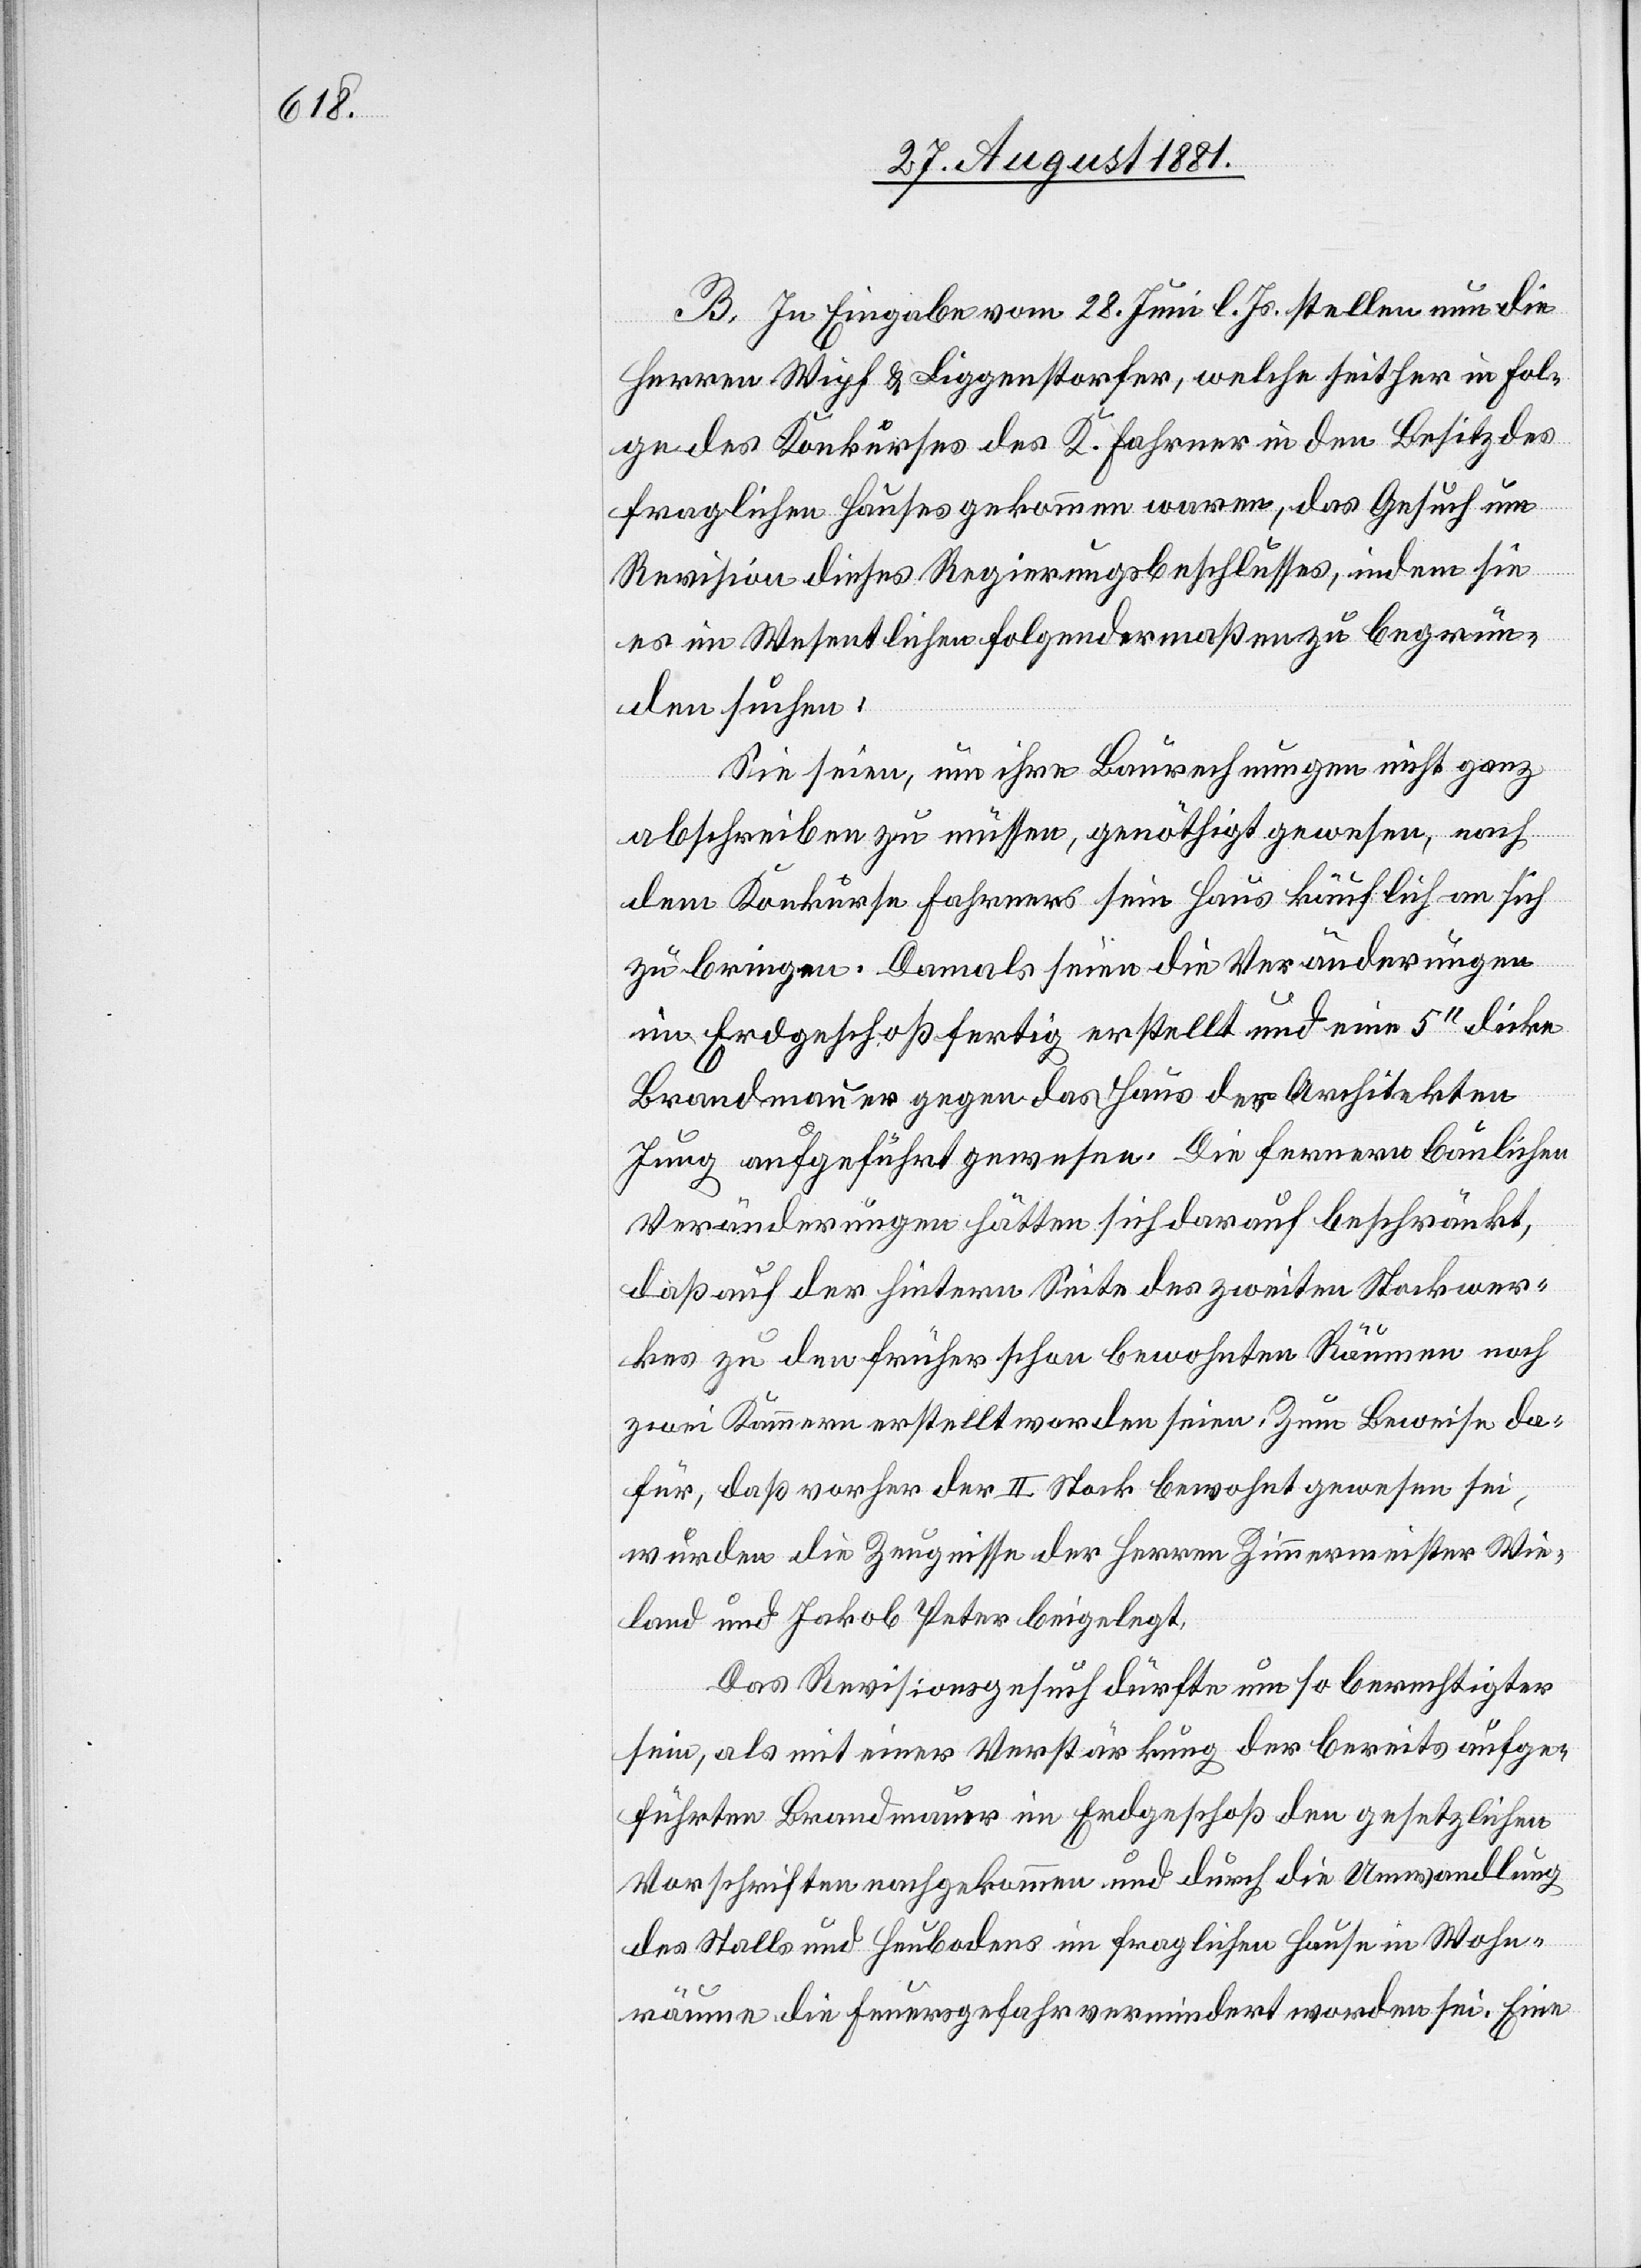
B. In Eingabe vom 28. Juni l. Js. stellen nun die
Herren Wipf & Liggenstorfer, welche seither in Fol¬
ge des Konkurses des K. Fahrner in den Besitz des
fraglichen Hauses gekommen waren, das Gesuch um
Revision dieses Regierungsbeschlusses, indem sie
es im Wesentlichen folgendermaßen zu begrün¬
den suchen:
Sie seien, um ihre Baurechnungen nicht ganz
abschreiben zu müssen, genöthigt gewesen, nach
dem Konkurse Fahrners sein Haus käuflich an sich
zu bringen. Damals seien die Veränderungen
im Erdgeschoß fertig erstellt und eine 5‘‘ dicke
Brandmauer gegen das Haus des Architekten
Jung aufgeführt gewesen. Die fernern baulichen
Veränderungen hätten sich darauf beschränkt,
daß auf der hintern Seite des zweiten Stockwer¬
kes zu den früher schon bewohnten Räumen noch
zwei Kammern erstellt worden seien. Zum Beweise da¬
für, daß vorher der II. Stock bewohnt gewesen sei,
wurden die Zeugnisse der Herren Zimmermeister Wie¬
land und Jakob Peter beigelegt.
Das Revisionsgesuch dürfte um so berechtigter
sein, als mit einer Verstärkung der bereits aufge¬
führten Brandmauer im Erdgeschoß den gesetzlichen
Vorschriften nachgekommen und durch die Umwandlung
des Stalls und Heubodens im fraglichen Hause in Wohn¬
räume die Feuersgefahr vermindert worden sei. Eine